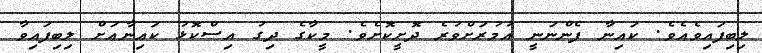
ލިބިފައިވެއެވެ. ކައިނާ ފެންނަނީ އުމުރަށްވުރެ ދޮށީކޮށެވެ. މީކާގެ ދިގު އިސްކޮޅު ކައިނާއަށް ލިބިފައިވާ